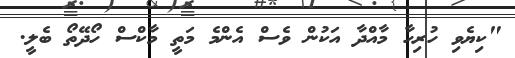
"ކިޔެވި ހުރިހާ މާއްދާ އަކުން ވެސް އެންމެ މަތީ މާކްސް ހޯދޭތޯ ބެލީ.